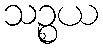
သဉ္စယ